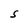
Character: S